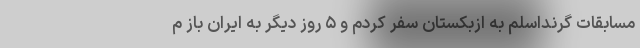
مسابقات گرنداسلم به ازبکستان سفر کردم و ۵ روز دیگر به ایران باز م